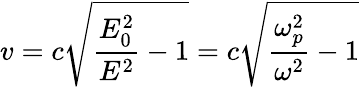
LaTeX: v=c{\sqrt{{\frac{E_{0}^{2}}{E^{2}}}-1}}=c{\sqrt{{\frac{\omega_{p}^{2}}{\omega^{2}}}-1}}